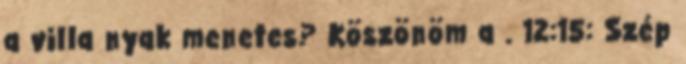
a villa nyak menetes? Köszönöm a . 12:15: Szép